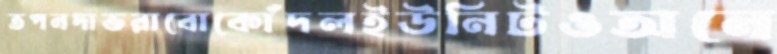
তপনদাভরাবোকোঁদলইউনিটওঅনে